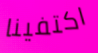
اكتفينا